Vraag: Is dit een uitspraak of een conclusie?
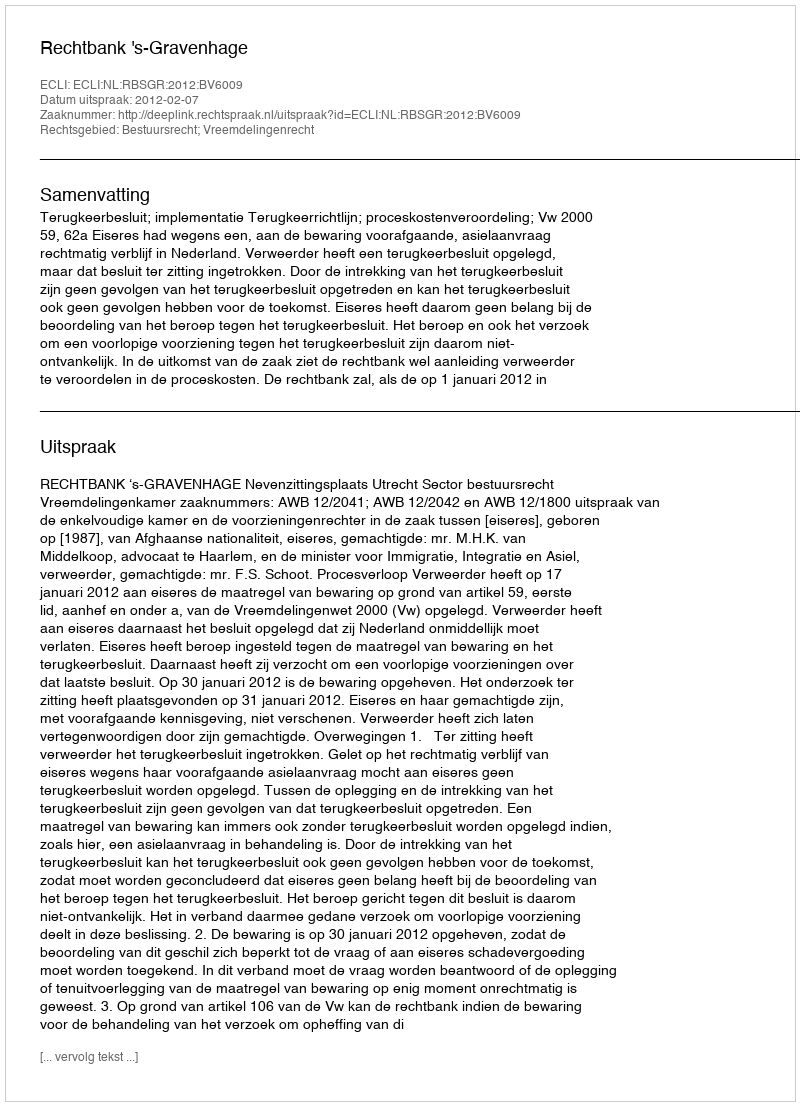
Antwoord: Uitspraak